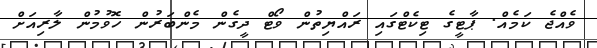
ވެއްޖެ ކަމެއް. ޕާޓީގެ ޓިކެޓްގައި ރައްޔިތުން ވޯޓް ދީގެން މެންބަރުން ހޮވުމުން ލާރިއަށް